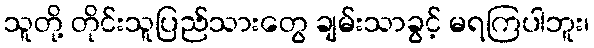
သူတို့ တိုင်းသူပြည်သားတွေ ချမ်းသာခွင့် မရကြပါဘူး၊